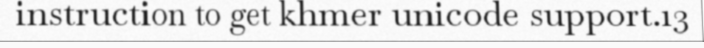
instruction to get khmer unicode support.13